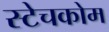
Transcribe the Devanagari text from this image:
स्टेचकोम